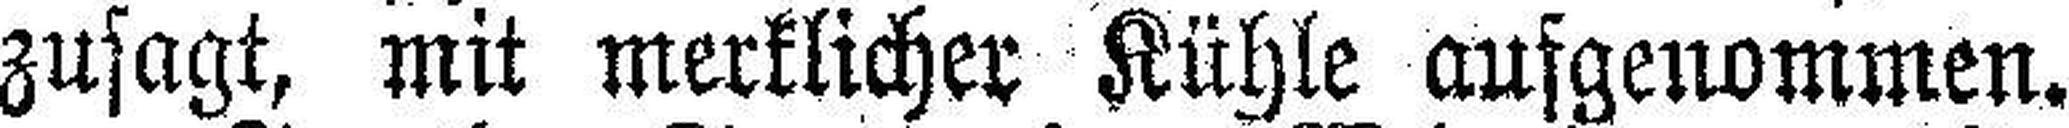
zusagt, mit merklicher Kühle aufgenommen.